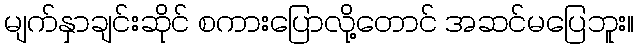
မျက်နှာချင်းဆိုင် စကားပြောလို့တောင် အဆင်မပြေဘူး။